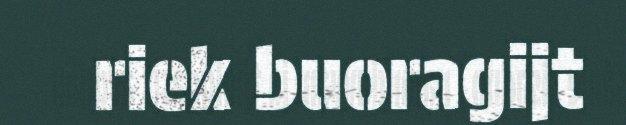
riek buoragijt